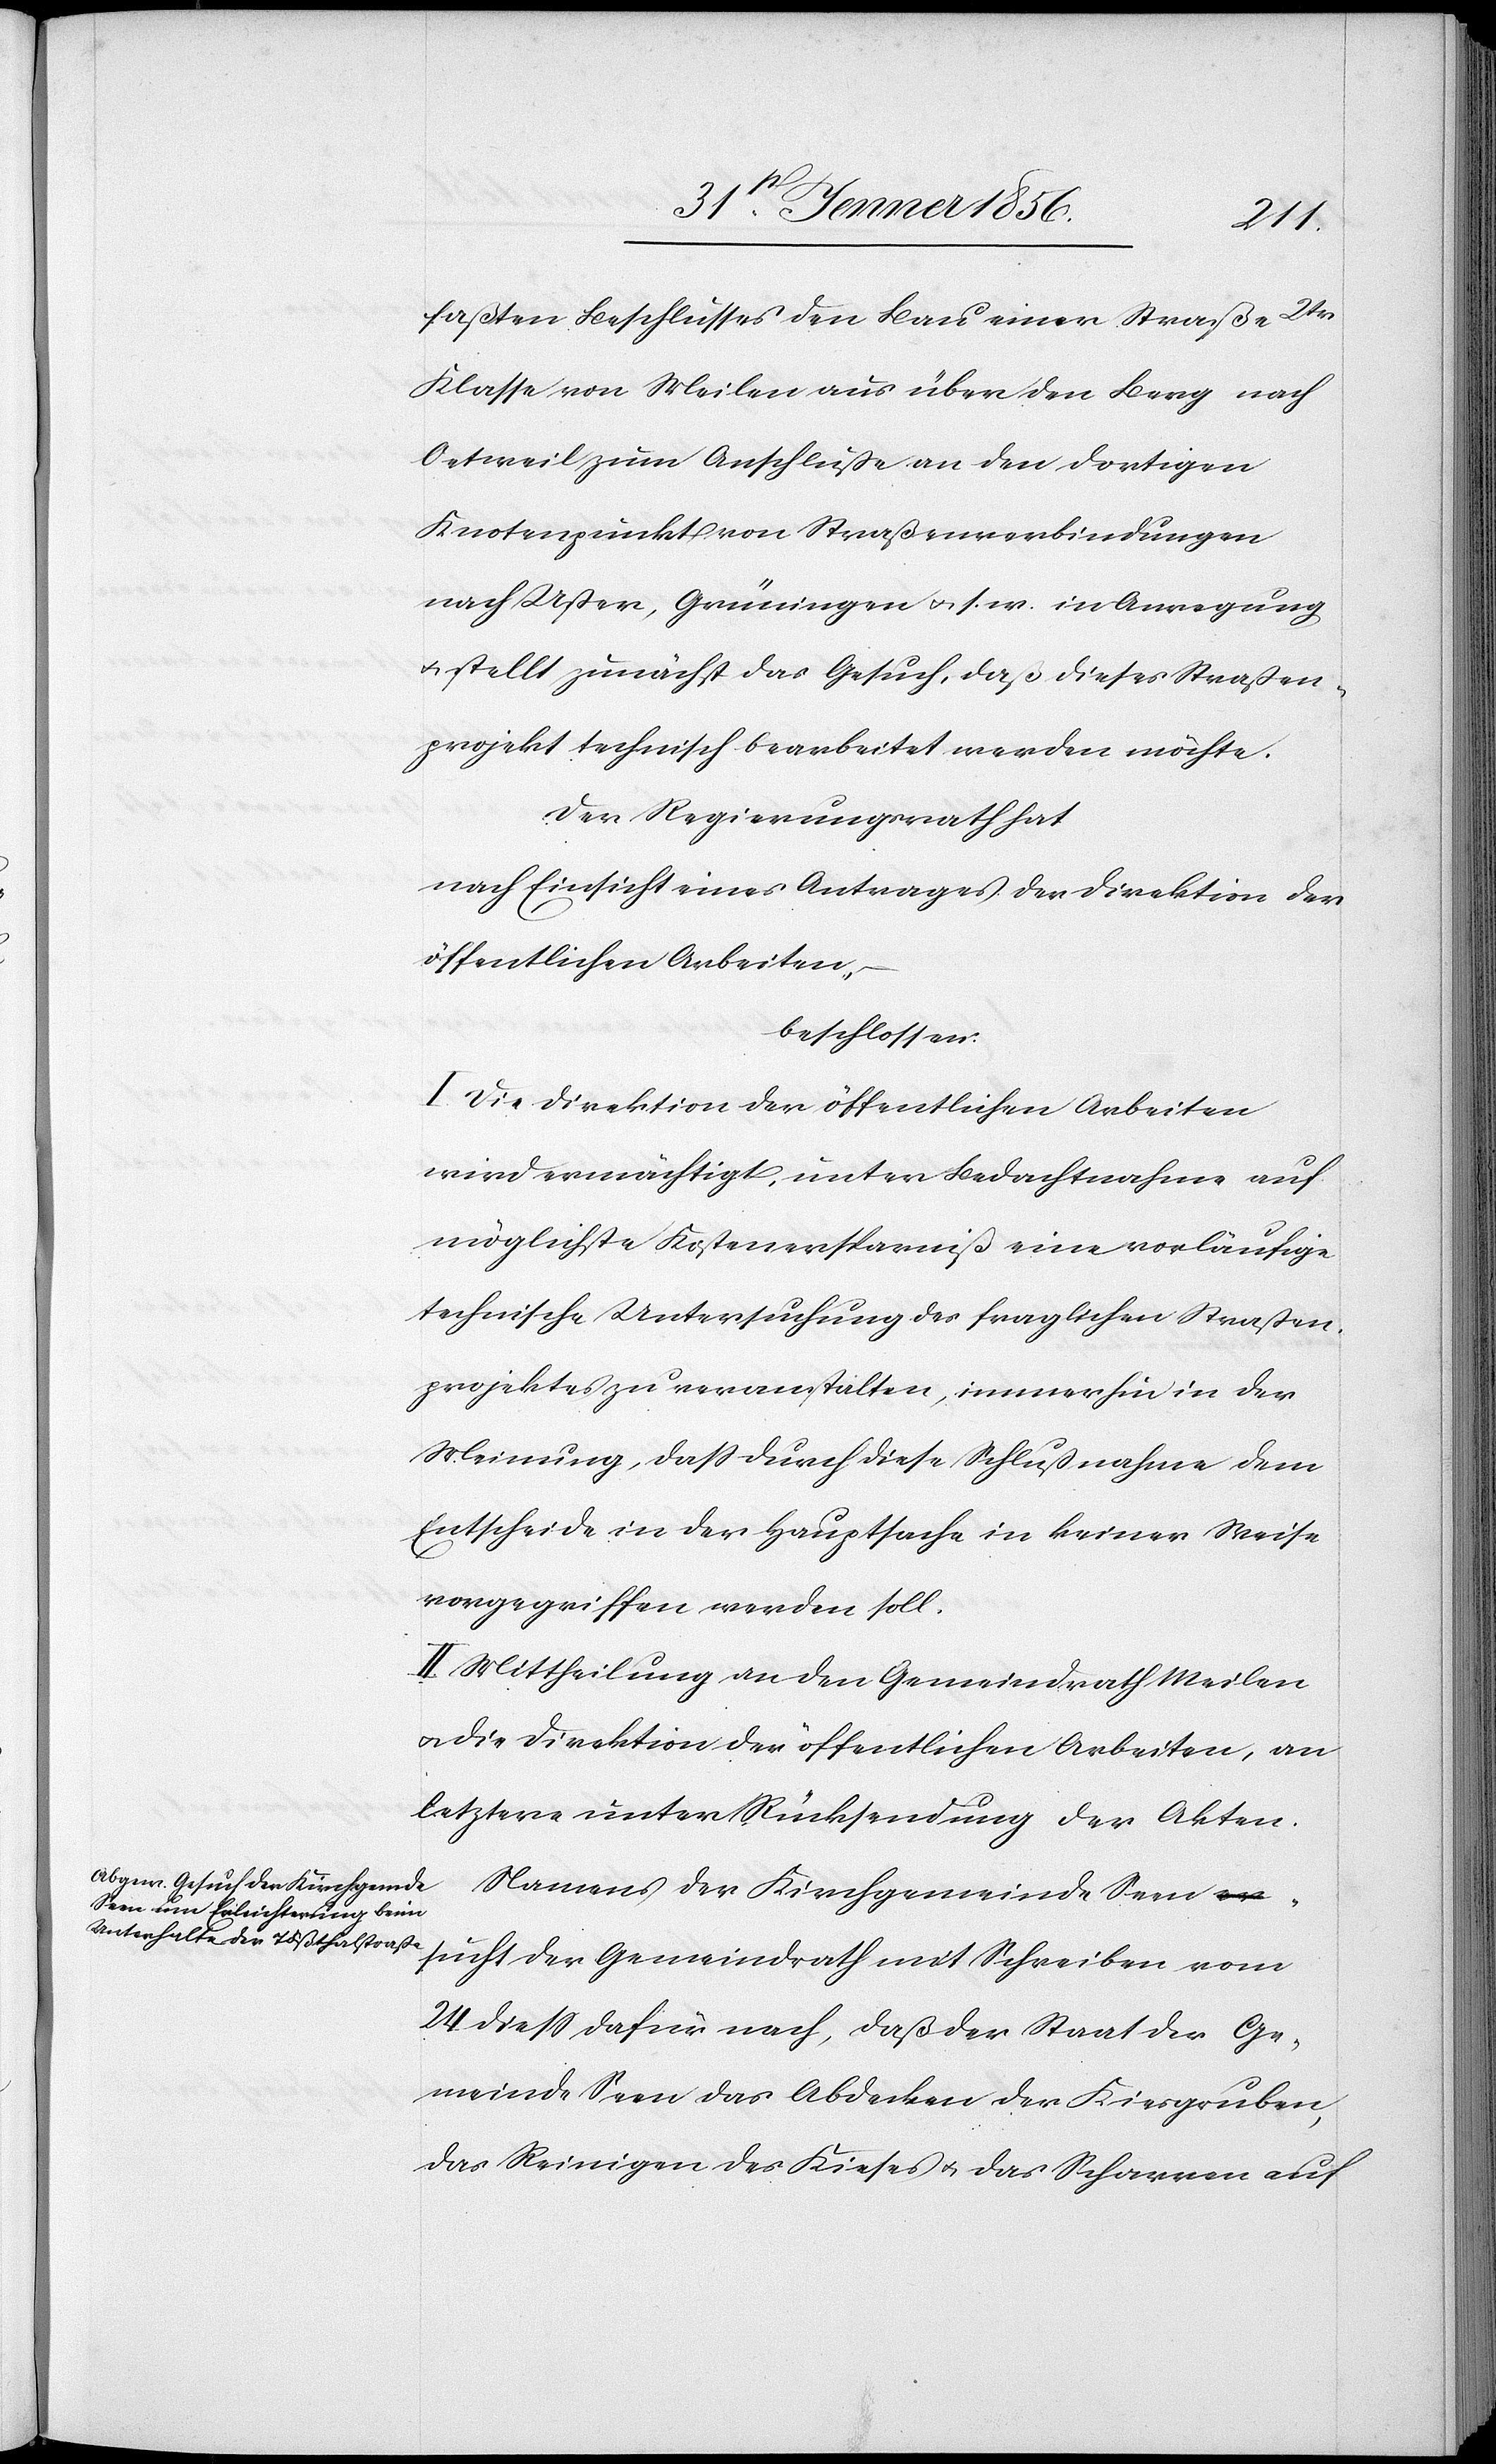
faßten Beschlusses den Bau einer Straße 2tr
Klasse von Meilen aus über den Berg nach
Oetweil zum Anschluße an den dortigen
Knotenpunkt von Straßenverbindungen
nach Oster, Grüningen u. s. w. in Anregung
u. stellt zunächst das Gesuch, daß dieses Straßen¬
projekt technisch bearbeitet werden möchte.
Der Regierungsrath hat
nach Einsicht eines Antrages der Direktion der
öffentlichen Arbeiten,
beschlossen:
I. Die Direktion der öffentlichen Arbeiten
wird ermächtigt, unter Bedachtnahme auf
möglichste Kostenersparniß eine vorläufige
technische Untersuchung des fraglichen Straßen¬
projektes zu veranstalten, immerhin in der
Meinung, daß durch diese Schlußnahme dem
Entscheide in der Hauptsache in keiner Weise
vorgegriffen werden soll.
II. Mittheilung an den Gemeindrath Meilen
u. die Direktion der öffentlichen Arbeiten, an
letztere unter Rücksendung der Akten.
Namens der Kirchgemeinde Seen s¬
ucht der Gemeindrath mit Schreiben vom
24 dieß dafür nach, daß der Staat der Ge¬
meinde Seen das Abdecken der Kiesgruben,
das Reinigen des Kieses u. das Scharren auf